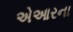
એઆરના